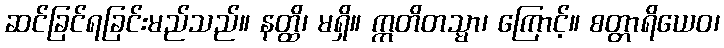
ဆင်ခြင်ရခြင်းမည်သည်။ နတ္ထိ၊ မရှိ။ ဣတိတသ္မာ၊ ကြောင့်။ စတ္တာရိယေဝ၊